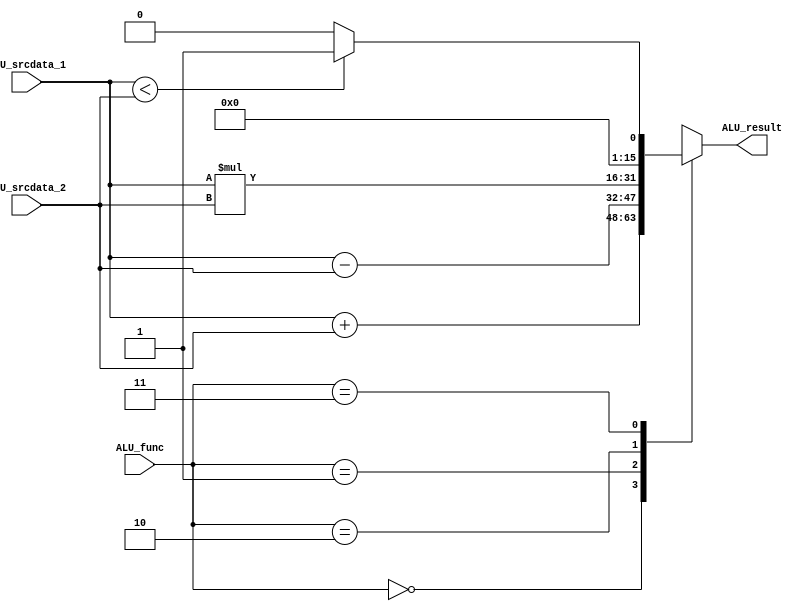
module ALU(
    input        [1:0]    ALU_func,
    input        [15:0]   ALU_srcdata_1,
    input        [15:0]   ALU_srcdata_2,
    output  reg  [15:0]   ALU_result
);

parameter   ADD = 2'b00,
            SUB = 2'b01,
            MUL = 2'b10,
            SLT = 2'b11;

always@(*)begin
    ALU_result = 16'h0000;
    case(ALU_func)
            ADD: ALU_result = ALU_srcdata_1 + ALU_srcdata_2; 
            SUB: ALU_result = ALU_srcdata_1 - ALU_srcdata_2;
            MUL: ALU_result = ALU_srcdata_1 * ALU_srcdata_2;
            SLT: ALU_result = (ALU_srcdata_1 < ALU_srcdata_2) ? {{(15){1'b0}}, 1'b1} :  {(16){1'b0}};
    endcase
end

endmodule